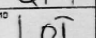
Transcription: LOT